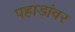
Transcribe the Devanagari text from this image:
पहाडांवर